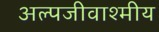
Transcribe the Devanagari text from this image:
अल्पजीवाश्मीय